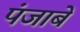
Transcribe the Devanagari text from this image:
पंजाबे